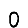
Digit: 0